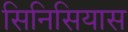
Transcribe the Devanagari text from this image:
सिनिसियास